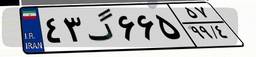
۴۳گ۶۶۵۵۷